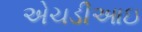
એચડીઆઇ